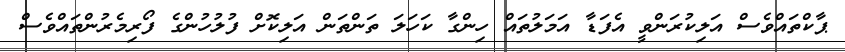
ޕާކްތައްވެސް އަލިކުރަންވީ އެފަޑާ އަމަލުތައް ހިންގާ ކަހަލަ ތަންތަން އަލިކޮށް ފުލުހުންގެ ފޯރިމެރުންތައްވެސް